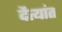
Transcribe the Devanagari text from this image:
दैत्यांत